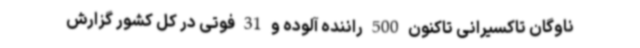
ناوگان تاکسیرانی تاکنون 500 راننده آلوده و 31 فوتی در کل کشور گزارش